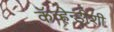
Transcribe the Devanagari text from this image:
कॅव्हेन्डीशी